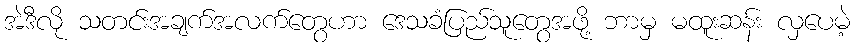
အဲဒီလို သတင်းအချက်အလက်တွေဟာ ဒေသခံပြည်သူတွေအဖို့ ဘာမှ မထူးဆန်း လှပေမဲ့